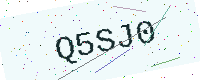
Text: Q5SJ0